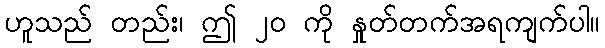
ဟူသည် တည်း၊ ဤ ၂၀ ကို နှုတ်တက်အရကျက်ပါ။